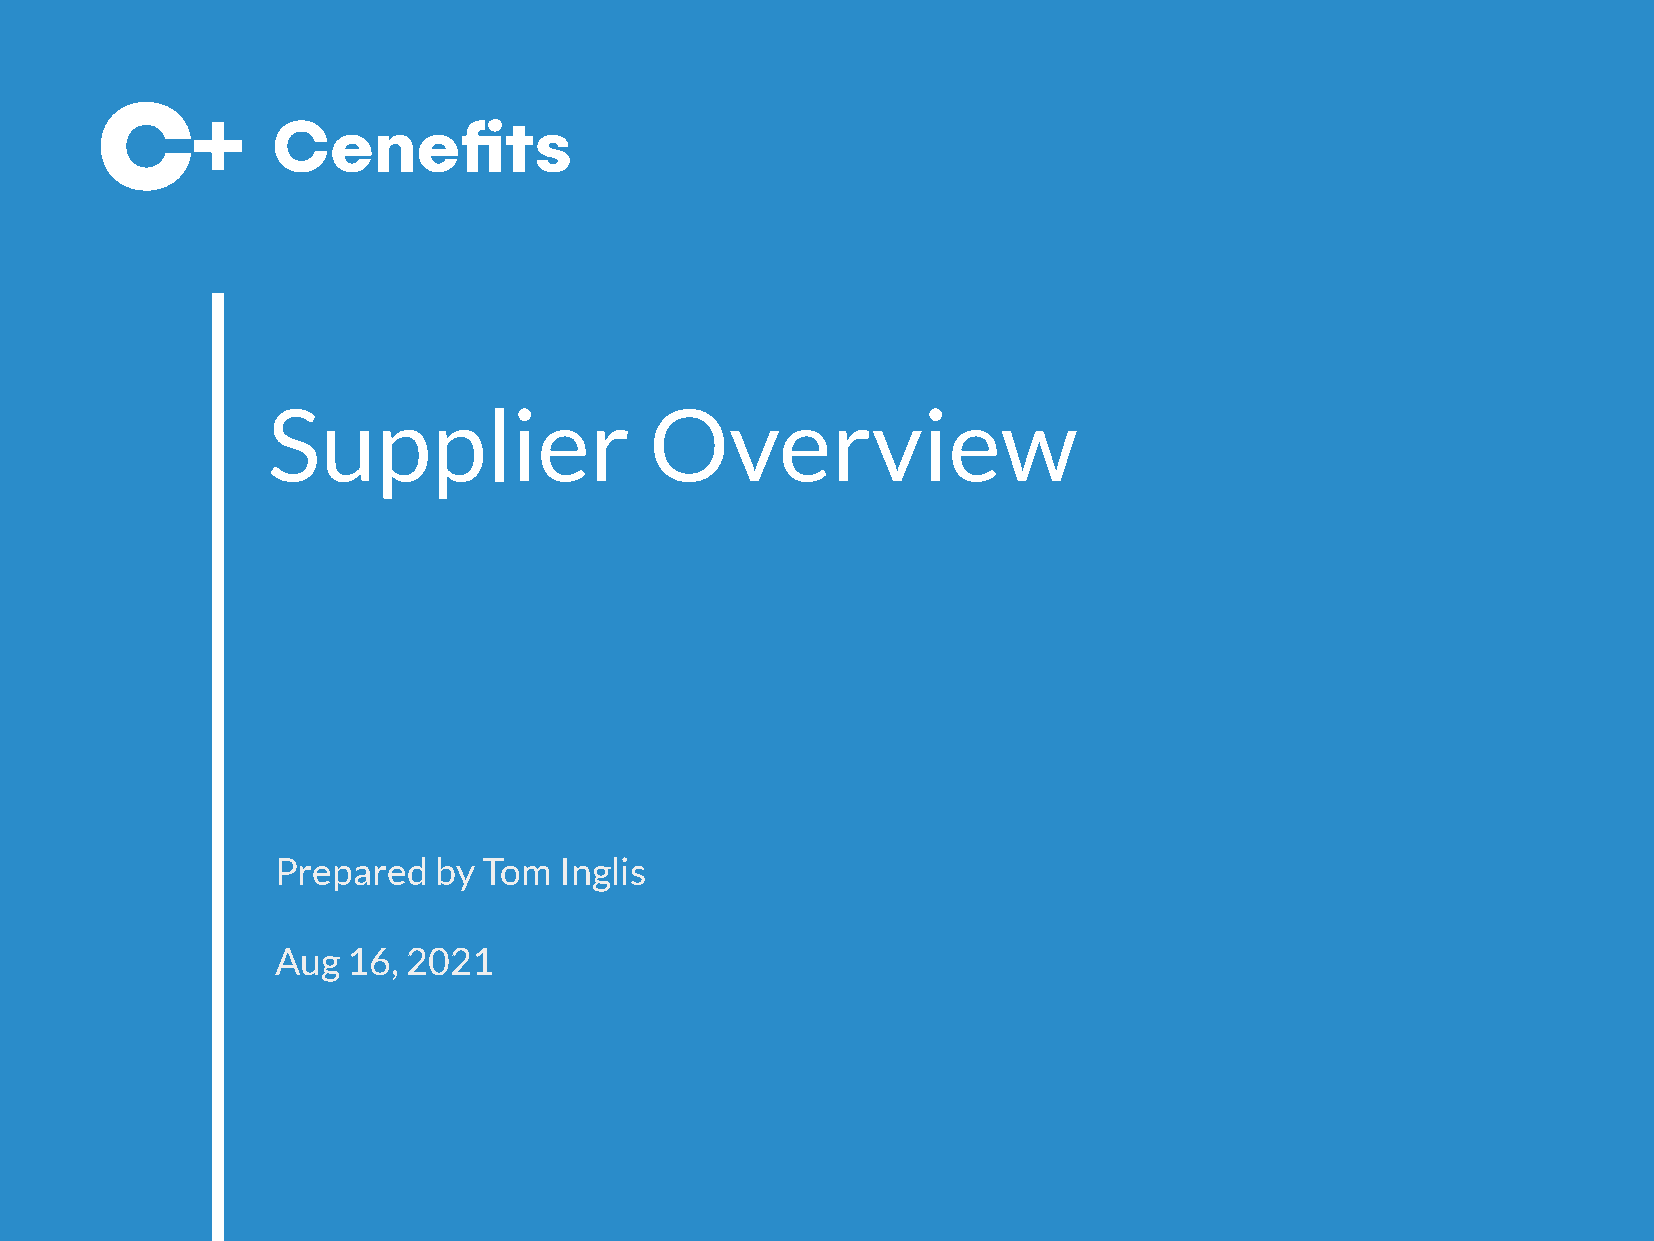
Supplier                 Overview
 Prepared   by Tom  Inglis
 Aug  16, 2021